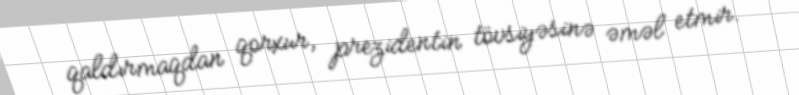
qaldırmaqdan qorxur, prezidentin tövsiyəsinə əməl etmir.